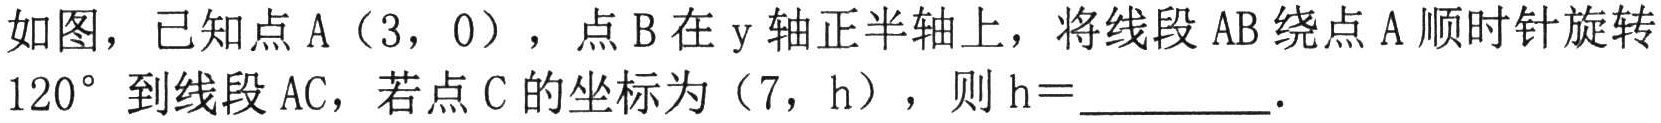
如图，已知点\(A(3,0)\)，点\(B\)在\(y\)轴正半轴上，将线段\(AB\)绕点\(A\)顺时针旋转\(120^{\circ}\) 到线段\(AC\)，若点\(C\)的坐标为\((7,h)\)，则\(h =\)  ．